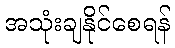
အသုံးချနိုင်စေရန်